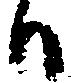
ハ